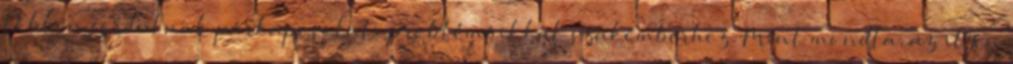
többen fordulnak párkapcsolati problémáikkal szakemberhez. Mint mondta, az ilyen